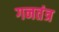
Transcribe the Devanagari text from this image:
गनतंत्र